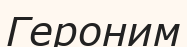
Героним